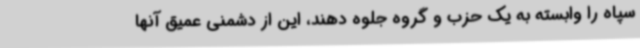
سپاه را وابسته به یک حزب و گروه جلوه دهند، این از دشمنی عمیق آنها